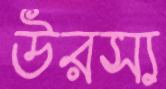
উরস্য